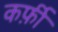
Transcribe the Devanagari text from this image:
कर्फ़ी